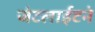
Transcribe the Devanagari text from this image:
जेटलाईटने